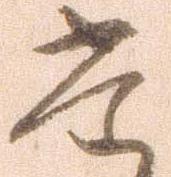
た